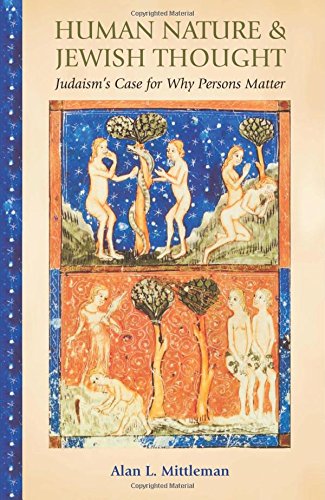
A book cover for Human Nature & Jewish Thought: Judaism's Case for Why Persons Matter (Library of Jewish Ideas); Alan L. Mittleman; Religion & Spirituality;